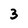
Character: 3